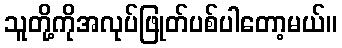
သူတို့ကိုအလုပ်ဖြုတ်ပစ်ပါတော့မယ်။